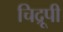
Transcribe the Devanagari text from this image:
चिद्रूपी